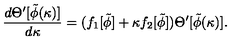
{ \frac { d \Theta ^ { \prime } [ \tilde { \phi } ( \kappa ) ] } { d \kappa } } = ( f _ { 1 } [ \tilde { \phi } ] + \kappa f _ { 2 } [ \tilde { \phi } ] ) \Theta ^ { \prime } [ \tilde { \phi } ( \kappa ) ] .